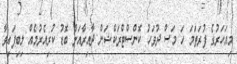
މިއަހަރުގެ ފުރަތަމަ ހަ މަސް ދުވަހު ކޮންސްޓްރަކްޝަން ދާއިރާއަށް ބޮޑު ކުރިއެރުމެއް ލިބިފައިވާ